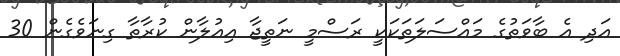
އަދި އެ ބާވަތުގެ މައްސަލަތަކަކީ ރަސްމީ ނަތީޖާ އިއުލާން ކުރާތާ ގިނަވެގެން 30